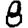
Digit: 8